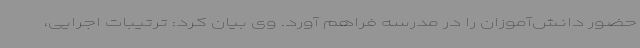
حضور دانش‌آموزان را در مدرسه فراهم آورد. وی بیان کرد: ترتیبات اجرایی،